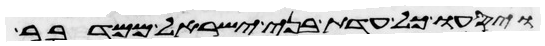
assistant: ויסעו כל עדת בני ישראל ממדבר